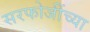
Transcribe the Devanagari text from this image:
सरफोजींच्या